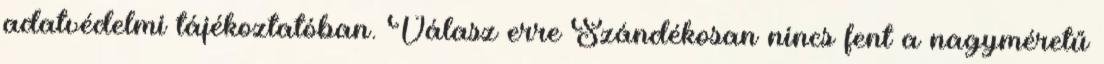
adatvédelmi tájékoztatóban. Válasz erre Szándékosan nincs fent a nagyméretű